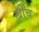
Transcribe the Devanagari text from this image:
खीँच